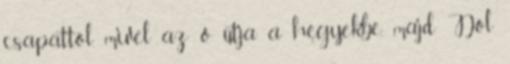
csapattól, mivel az ő útja a hegyekbe, majd Dol